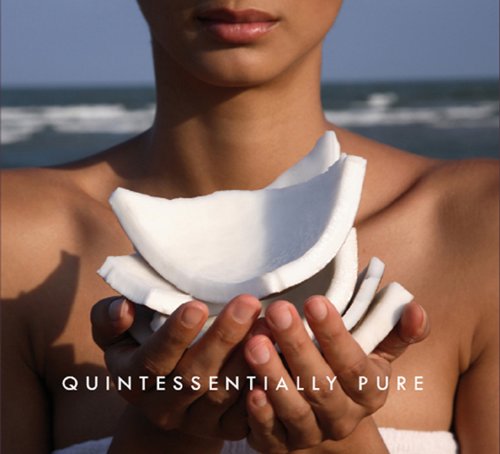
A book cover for Quintessentially Pure; Christopher Rayner; Travel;